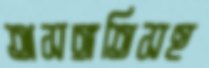
অসঙ্গতিসহ